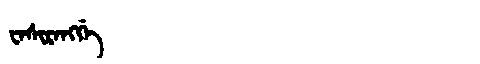
Manchu: ᠸᠠᠰᡳᡵᠠᠩᡤᡝ
Romanization: WASIRANGGE